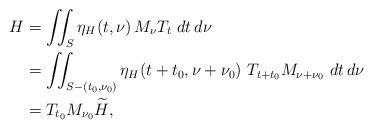
LaTeX: \begin{align*} H &= \iint_S \eta_H(t,\nu)\, M_\nu T_t \ dt\,d\nu \\ &= \iint_{ S-(t_0,\nu_0)} \eta_H(t+t_0,\nu+\nu_0)\ T_{t+t_0}M_{\nu+\nu_0} \ dt\,d\nu \\ &= T_{t_0} M_{\nu_0} \widetilde H,\end{align*}